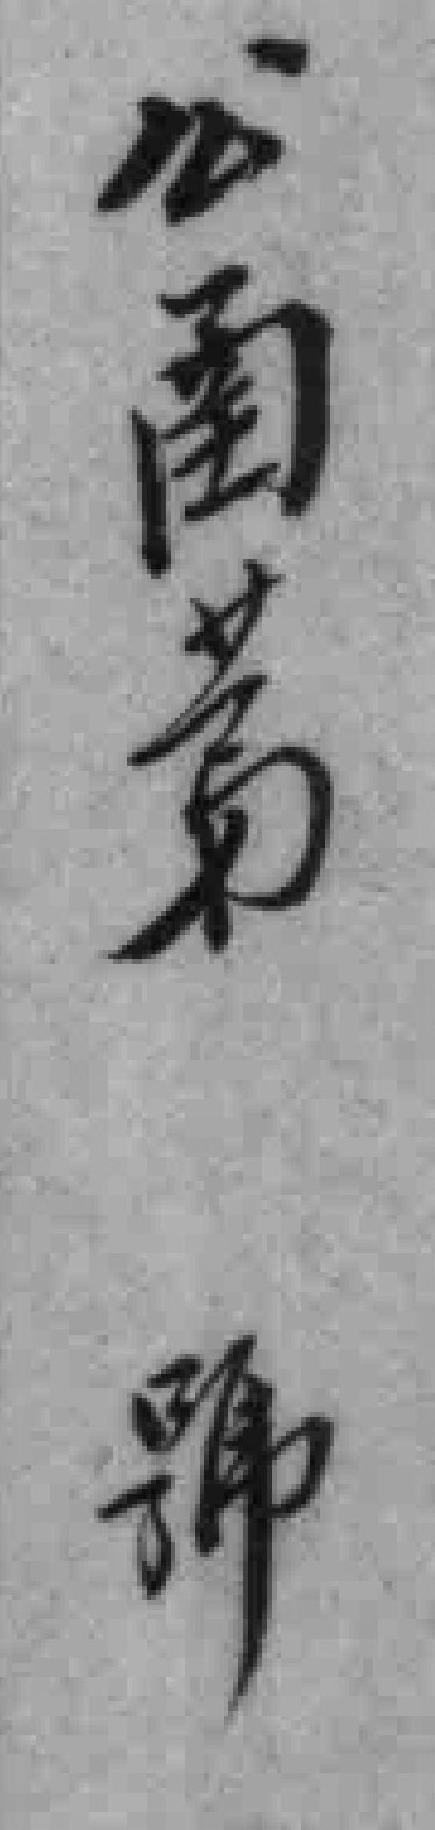
公圅䓁號